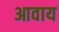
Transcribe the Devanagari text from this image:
आवाय